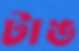
টাঙ